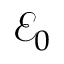
{ \mathcal { E } } _ { 0 }